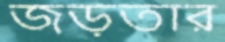
জড়তার